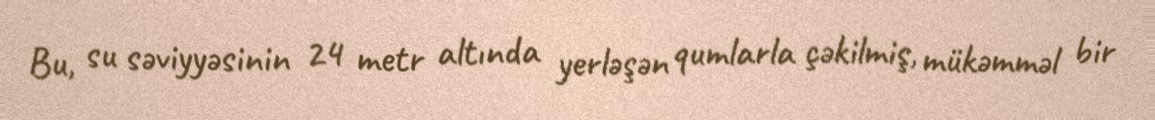
Bu, su səviyyəsinin 24 metr altında yerləşən qumlarla çəkilmiş, mükəmməl bir